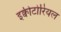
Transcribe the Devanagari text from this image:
इक्वीटोरियल